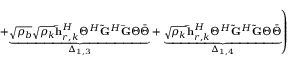
\left. + \underset { \Delta _ { 1 , 3 } } { \underbrace { \sqrt { \rho _ { b } } \sqrt { \rho _ { k } } \mathbf { \bar { h } } _ { r , k } ^ { H } \Theta ^ { H } \mathbf { \tilde { G } } ^ { H } \mathbf { \bar { G } } \Theta \bar { \Theta } } } + \underset { \Delta _ { 1 , 4 } } { \underbrace { \sqrt { \rho _ { k } } \mathbf { \bar { h } } _ { r , k } ^ { H } \Theta ^ { H } \mathbf { \tilde { G } } ^ { H } \mathbf { \tilde { G } } \Theta \bar { \Theta } } } \right)